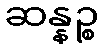
ဆန္နဉ္စ